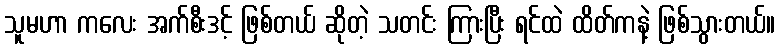
သူမဟာ ကလေး အက်စီးဒင့် ဖြစ်တယ် ဆိုတဲ့ သတင်း ကြားပြီး ရင်ထဲ ထိတ်ကနဲ့ ဖြစ်သွားတယ်။